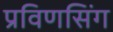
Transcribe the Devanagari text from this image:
प्रविणसिंग